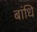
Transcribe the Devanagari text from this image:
बांधि